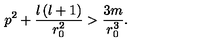
p ^ { 2 } + \frac { l \left( l + 1 \right) } { r _ { 0 } ^ { 2 } } > \frac { 3 m } { r _ { 0 } ^ { 3 } } .